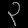
Digit: ၃